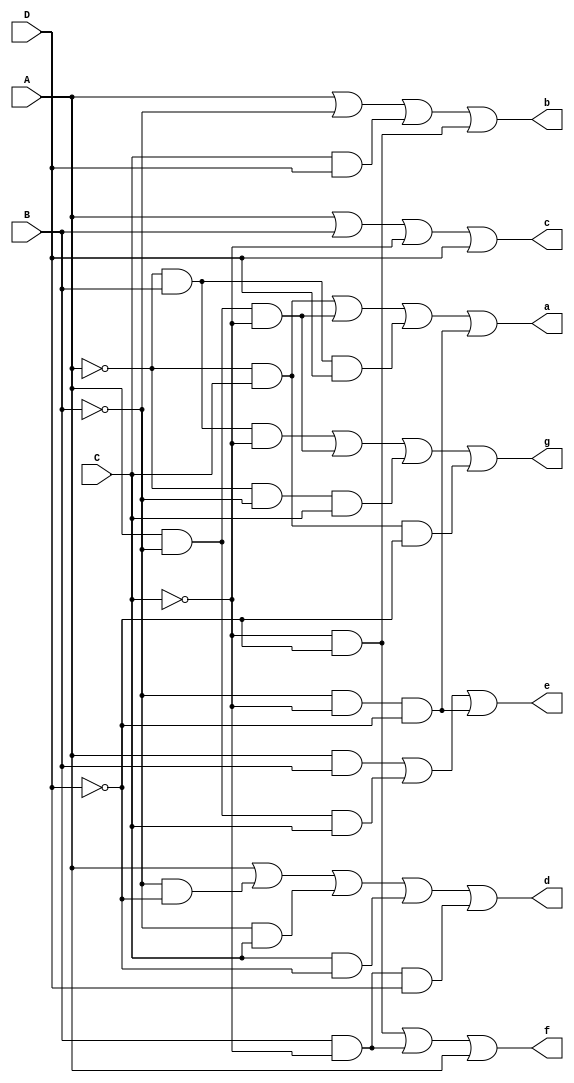
`timescale 1ns/10ps
module Dec_BCDto7S( a, 
		b,
		c,
		d,
		e,
		f,
		g,
		A,
		B,
		C,
		D
		) ;

	 output a, b, c, d, e, f, g ;
	 input A, B, C, D ;

	 wire not_A, not_B, not_C, not_D;
	 not(not_A, A);
	 not(not_B, B);
	 not(not_C, C);
	 not(not_D, D);

	 //a	 
	 wire a_term1, a_term2, a_term3, a_term4;
	 and(a_term1, not_A, C);
	 and(a_term2, A, not_B, not_C);
	 and(a_term3, not_A, B, D);
	 and(a_term4, not_B, not_C, not_D);
	 or(a, a_term1, a_term2, a_term3, a_term4);

	 //b
	 wire b_term3,b_term4;
	 and(b_term3, C, D);
	 and(b_term4, not_C, not_D);
	 or(b, A, not_B, b_term3, b_term4);

	 //c
	 or(c, A, B, not_C, D);


	 //d
	 wire d_term2, d_term3, d_term4, d_term5;
	 and(d_term2, not_B, not_D);
	 and(d_term3, not_B, C);
	 and(d_term4, C, not_D);
	 and(d_term5, B, not_C, D);
	 or(d, A, d_term2, d_term3, d_term4, d_term5);


	 //e
	 wire e_term1,e_term2,e_term3;
	 and(e_term1, A, B);
	 and(e_term2, A, not_B, C);
	 and(e_term3, not_B, not_C, not_D);
	 or(e, e_term1, e_term2, e_term3);

	 //f
	 wire f_term1, f_term2;
	 and(f_term1, not_C, not_D);
	 and(f_term2, B, not_C);
	 or(f, f_term1, f_term2, A);

	 //g
	 wire g_term1,g_term2,g_term3,g_term4;
	 and(g_term1, not_A, B, not_C);
	 and(g_term2, A, not_B, not_C);
	 and(g_term3, not_A, not_B, C);
	 and(g_term4, not_A, C, not_D);
	 or(g, g_term1, g_term2, g_term3, g_term4);


endmodule